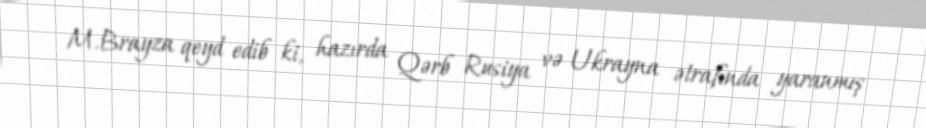
M.Brayza qeyd edib ki, hazırda Qərb Rusiya və Ukrayna ətrafında yaranmış